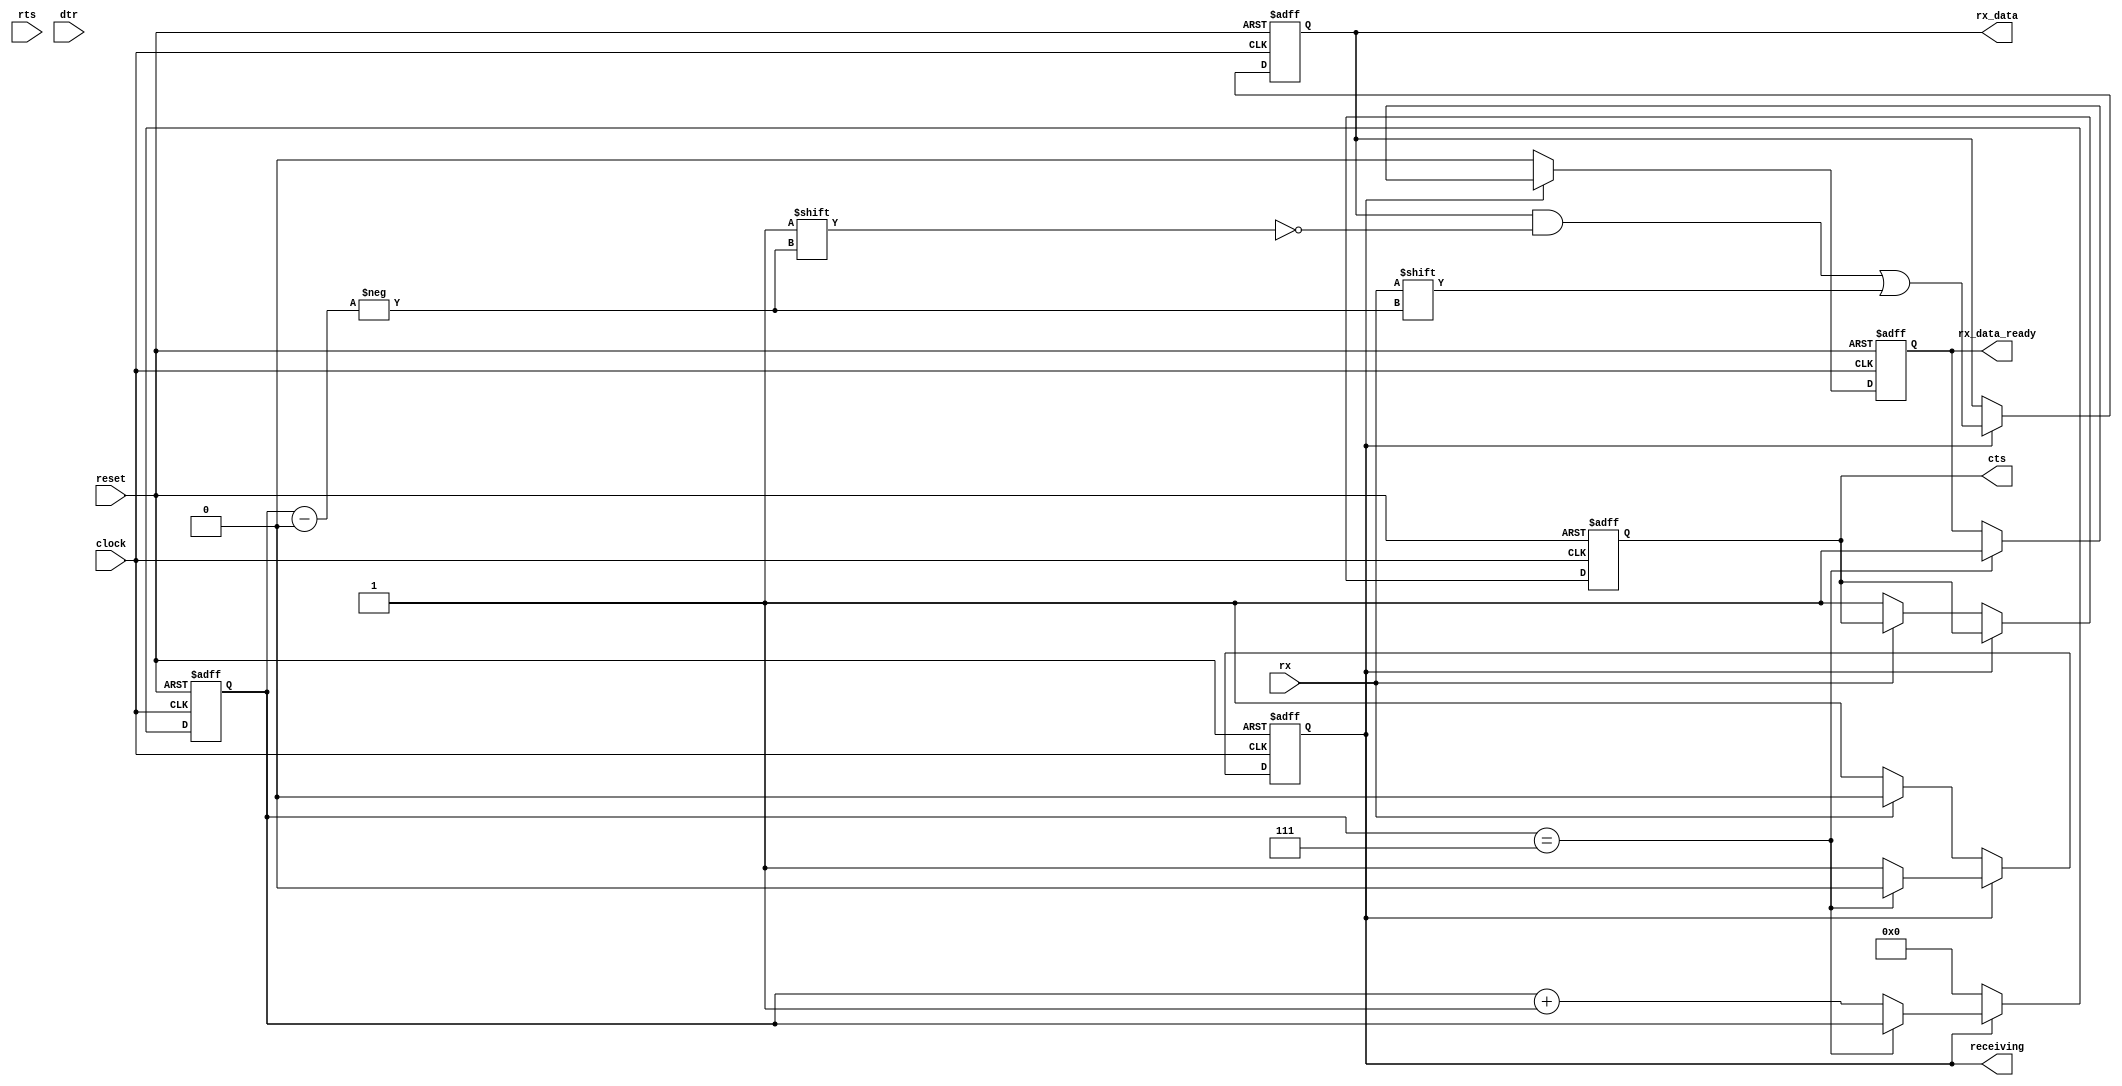

`ifndef UART_V
`define UART_V

module uart(
    input reset,
    input clock,

    /*
     * UART interface pins
     */
    input rx,
    input rts,
    output reg cts,
    input dtr,

    output reg receiving,
    output reg[7:0] rx_data,
    output reg rx_data_ready
    );

/** Grant all transmission requests */
// assign cts = rts;

/*
 * Receive bits
 */
reg[3:0] bit_counter;
reg[2:0] pause_counter;
wire pause_is_over = pause_counter[0];

always @(posedge clock or posedge reset)
begin
    if (reset)
    begin
        bit_counter <= 0;
        pause_counter <= 3'b1;
        rx_data <= 0;
        rx_data_ready <= 0;
        receiving <= 0;
        cts <= 0;
    end
    else begin
        if (receiving)
        begin
            // Sample and store the value at the RX input pin
            rx_data[bit_counter] <= rx;
            // rx_data[bit_counter] <= 1;
            pause_counter <= 0;

            if (bit_counter == 7)
            begin
                // Reception of 8 bit is complete
                receiving <= 0;
                rx_data_ready <= 1;
            end
            else begin
                // Decrement bit counter
                bit_counter <= bit_counter + 1;
            end
        end
        else begin
            // Clear the previously set ready flag
            rx_data_ready <= 0;
            bit_counter <= 0;

            // After receiving wait at least 5 bits before re-enabling the receiver
            // if (~pause_is_over)
            // begin
            //     pause_counter <= pause_counter + 1;
            // end

            // if (pause_is_over && ~rx)
            if (~rx)
            begin
                // After a short pause a start bit was received
                receiving <= 1;
                cts <= 1;
            end
        end
    end
end

endmodule

`endif